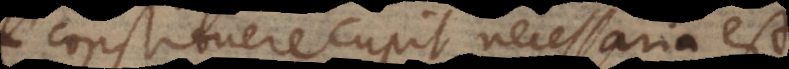
constituere cupit, necessaria est.